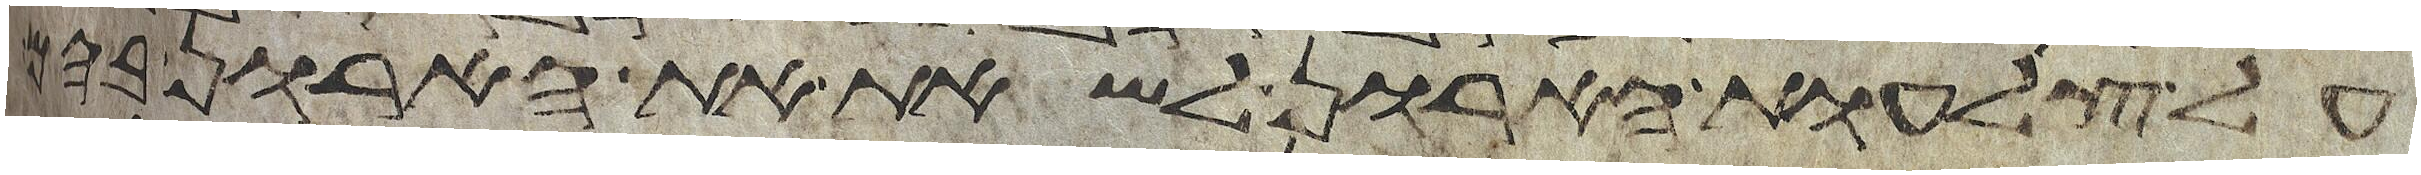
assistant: על צלעות הארון לשאת את הארון